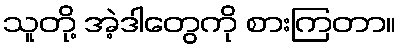
သူတို့ အဲ့ဒါတွေကို စားကြတာ။